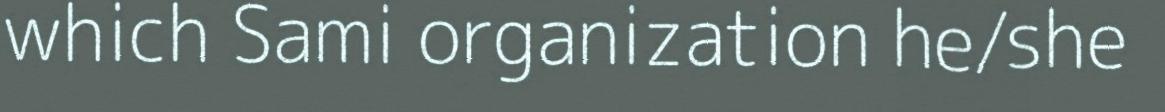
which Sami organization he/she